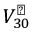
V _ { 3 0 } ^ { \perp }